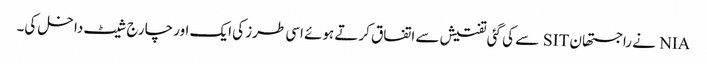
NIA نے راجستھان SIT سے کی گئی تفتیش سے اتفاق کرتے ہوئے اسی طرز کی ایک اور چارج شیٹ داخل کی۔